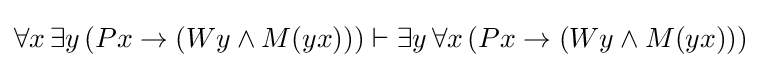
\forall x\,\exists y\,(Px\to (Wy\land M(yx)))\vdash \exists y\,\forall x\,(Px\to (Wy\land M(yx)))